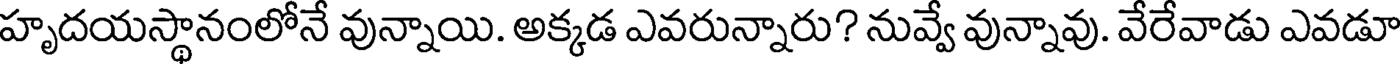
హృదయస్థానంలోనే వున్నాయి. అక్కడ ఎవరున్నారు? నువ్వే వున్నావు. వేరేవాడు ఎవడూ